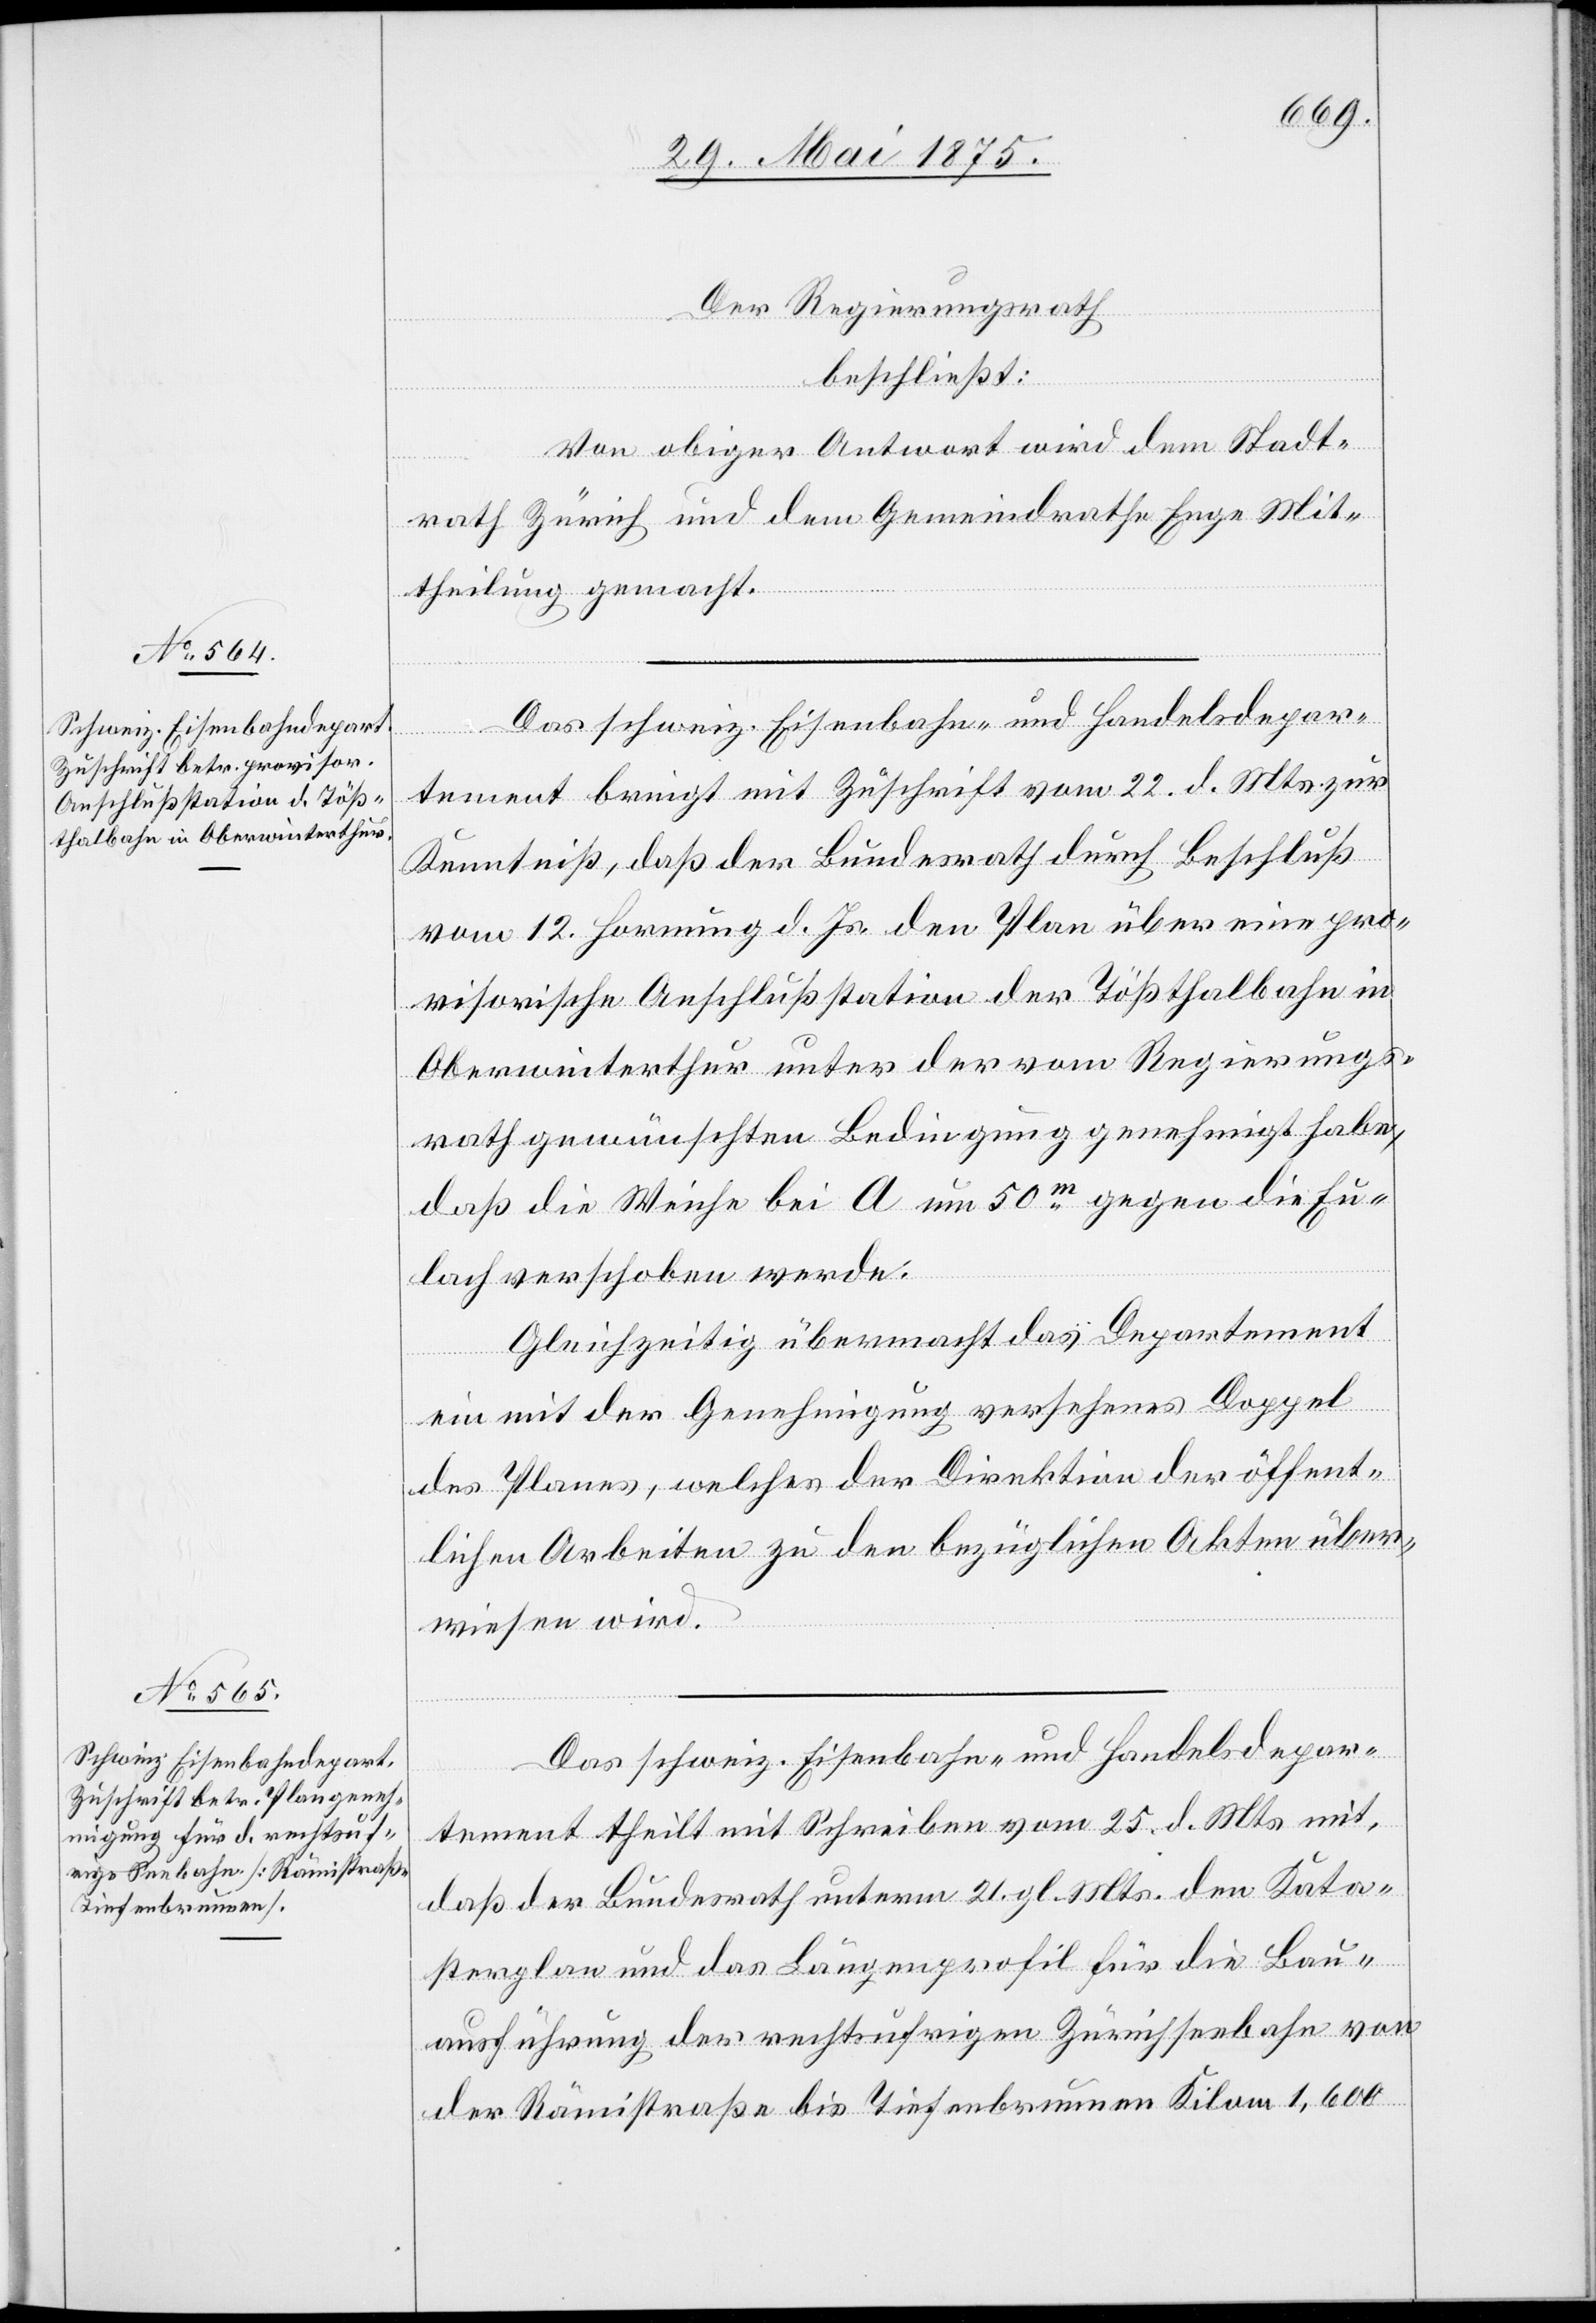
Der Regierungsrath
beschließt:
Von obiger Antwort wird dem Stadt¬
rath Zürich und dem Gemeindrath Enge Mit¬
theilung gemacht.
Das schweiz. Eisenbahn- und Handelsdepar¬
tement bringt mit Zuschrift vom 22. d. Mts zur
Kenntniß, daß der Bundesrath durch Beschluß
vom 12. Hornung d. Js. den Plan über eine pro¬
visorische Anschlußstation der Tößthalbahn in
Oberwinterthur unter der vom Regierungs¬
rath gewünschten Bedingung genehmigt habe,
daß die Weiche bei A um 50m gegen die Eu¬
lach verschoben werde.
Gleichzeitig übermacht das Departement
ein mit der Genehmigung versehenes Doppel
des Planes, welches der Direktion der öffent¬
lichen Arbeiten zu den bezüglichen Akten über¬
wiesen wird.
Das schweiz. Eisenbahn- und Handelsdepar¬
tement theilt mit Schreiben vom 25. d. Mts mit,
daß der Bundesrath unterm 21. gl. Mts. den Kata¬
sterplan und das Längenprofil für die Bau¬
ausführung der rechtsufrigen Zürichseebahn von
der Rämistraße bis Tiefenbrunnen Kilom. 1,600